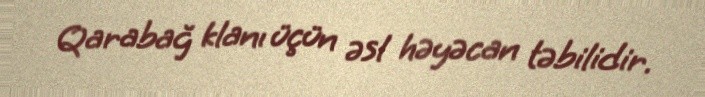
Qarabağ klanı üçün əsl həyəcan təbilidir.